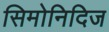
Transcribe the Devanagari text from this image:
सिमोनिदिज